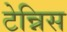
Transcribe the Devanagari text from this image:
टेन्निस